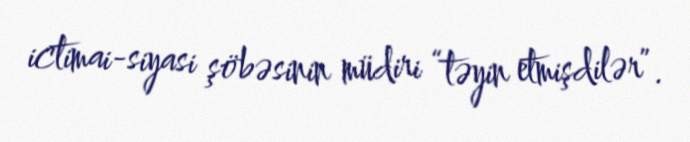
ictimai-siyasi şöbəsinin müdiri “təyin etmişdilər”.